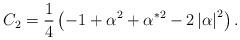
LaTeX: \begin{align*}C_2=\frac 14\left( -1+\alpha ^2+\alpha ^{*2}-2\left| \alpha \right|^2\right) . \end{align*}